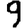
Digit: 9